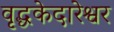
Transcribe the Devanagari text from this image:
वृद्धकेदारेश्वर